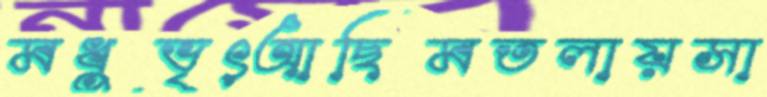
মধুভৃৎআছিমতলায়সা